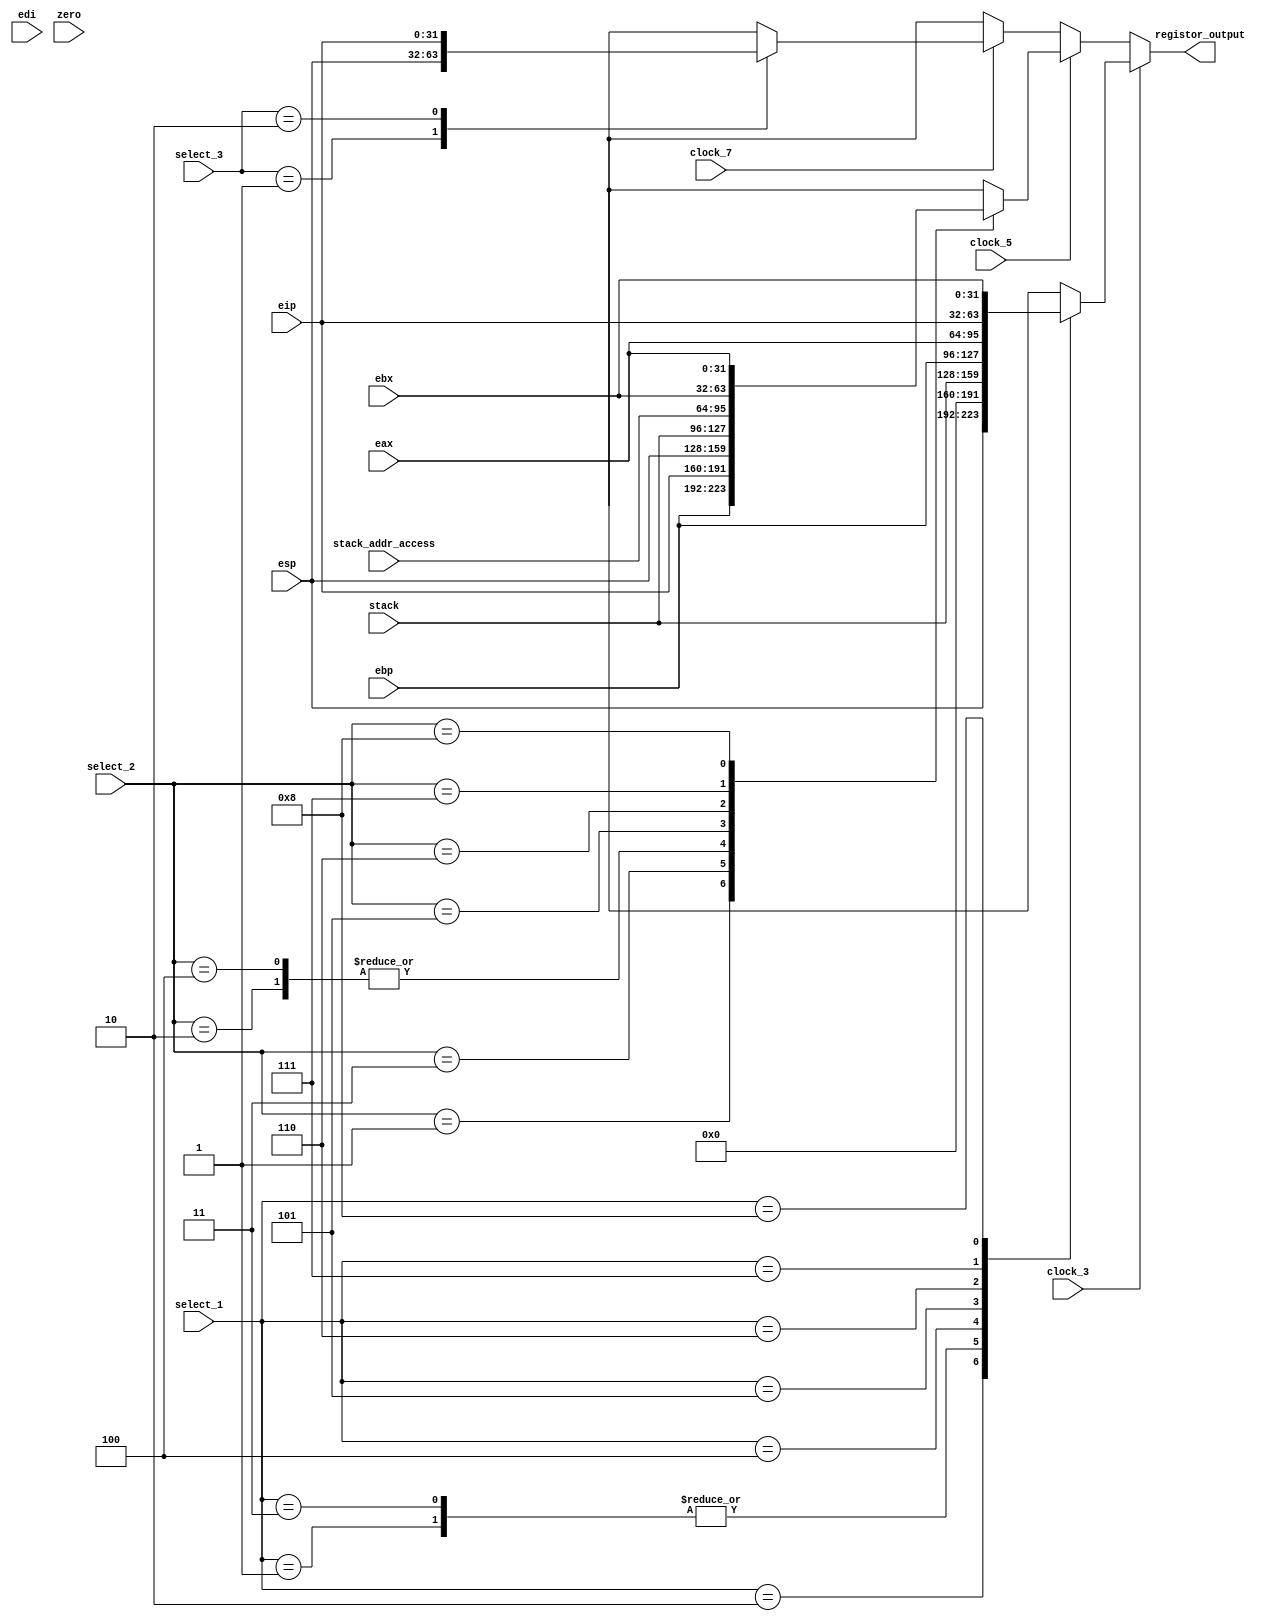
module selector(clock_3, clock_5, clock_7, select_1, select_2, select_3, eip, ebp, esp,eax, edi, ebx,zero, stack, stack_addr_access, registor_output);
input clock_3;
input clock_5;
input clock_7;
input [3:0]select_1;
input [3:0]select_2;
input [3:0]select_3;
input [31:0]eip;
input [31:0]ebp;
input [31:0]esp;
input [31:0]eax;
input [31:0]edi;
input [31:0]ebx;
input [31:0]zero;
input [31:0]stack;
input [31:0]stack_addr_access;
output [31:0]registor_output;

assign registor_output = select(clock_3, clock_5, clock_7, select_1, select_2, select_3, eip, ebp);

function [31:0] select;
input clock_3;
input clock_5;
input clock_7;
input [3:0] sel1;
input [3:0] sel2;
input [3:0] sel3;
input [31:0] eip;
input [31:0] ebp;

if (clock_3 == 1)begin
	case(sel1)
		4'h1:select = 4'h0;
		4'h2:select = esp;
		4'h3:select = 4'h0;//oiimmidiate_datagpj;
		4'h4:select = stack;//AespwlB
		4'h5:select = ebp;
		4'h6:select = eax;
		4'h7:select = eip;
		4'h8:select = ebx;
	endcase	 
end else if (clock_5 == 1)begin//2NbN
	case(sel2)
		4'h1:select = ebp;
		4'h2:select = esp;
		4'h3:select = eip;//NIY
		4'h4:select = esp;//NIY
		4'h5:select = stack;
		4'h6:select = stack_addr_access;
		4'h7:select = ebx;
		4'h8:select = eax;
	endcase
end else if (clock_7 == 1)begin//3NbN
	case(sel3)
		4'h1:select = esp;
		4'h2:select = eip;
	endcase
end
endfunction


endmodule